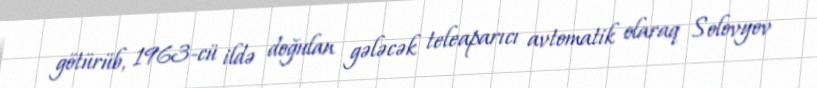
götürüb, 1963-cü ildə doğulan gələcək teleaparıcı avtomatik olaraq Solovyov